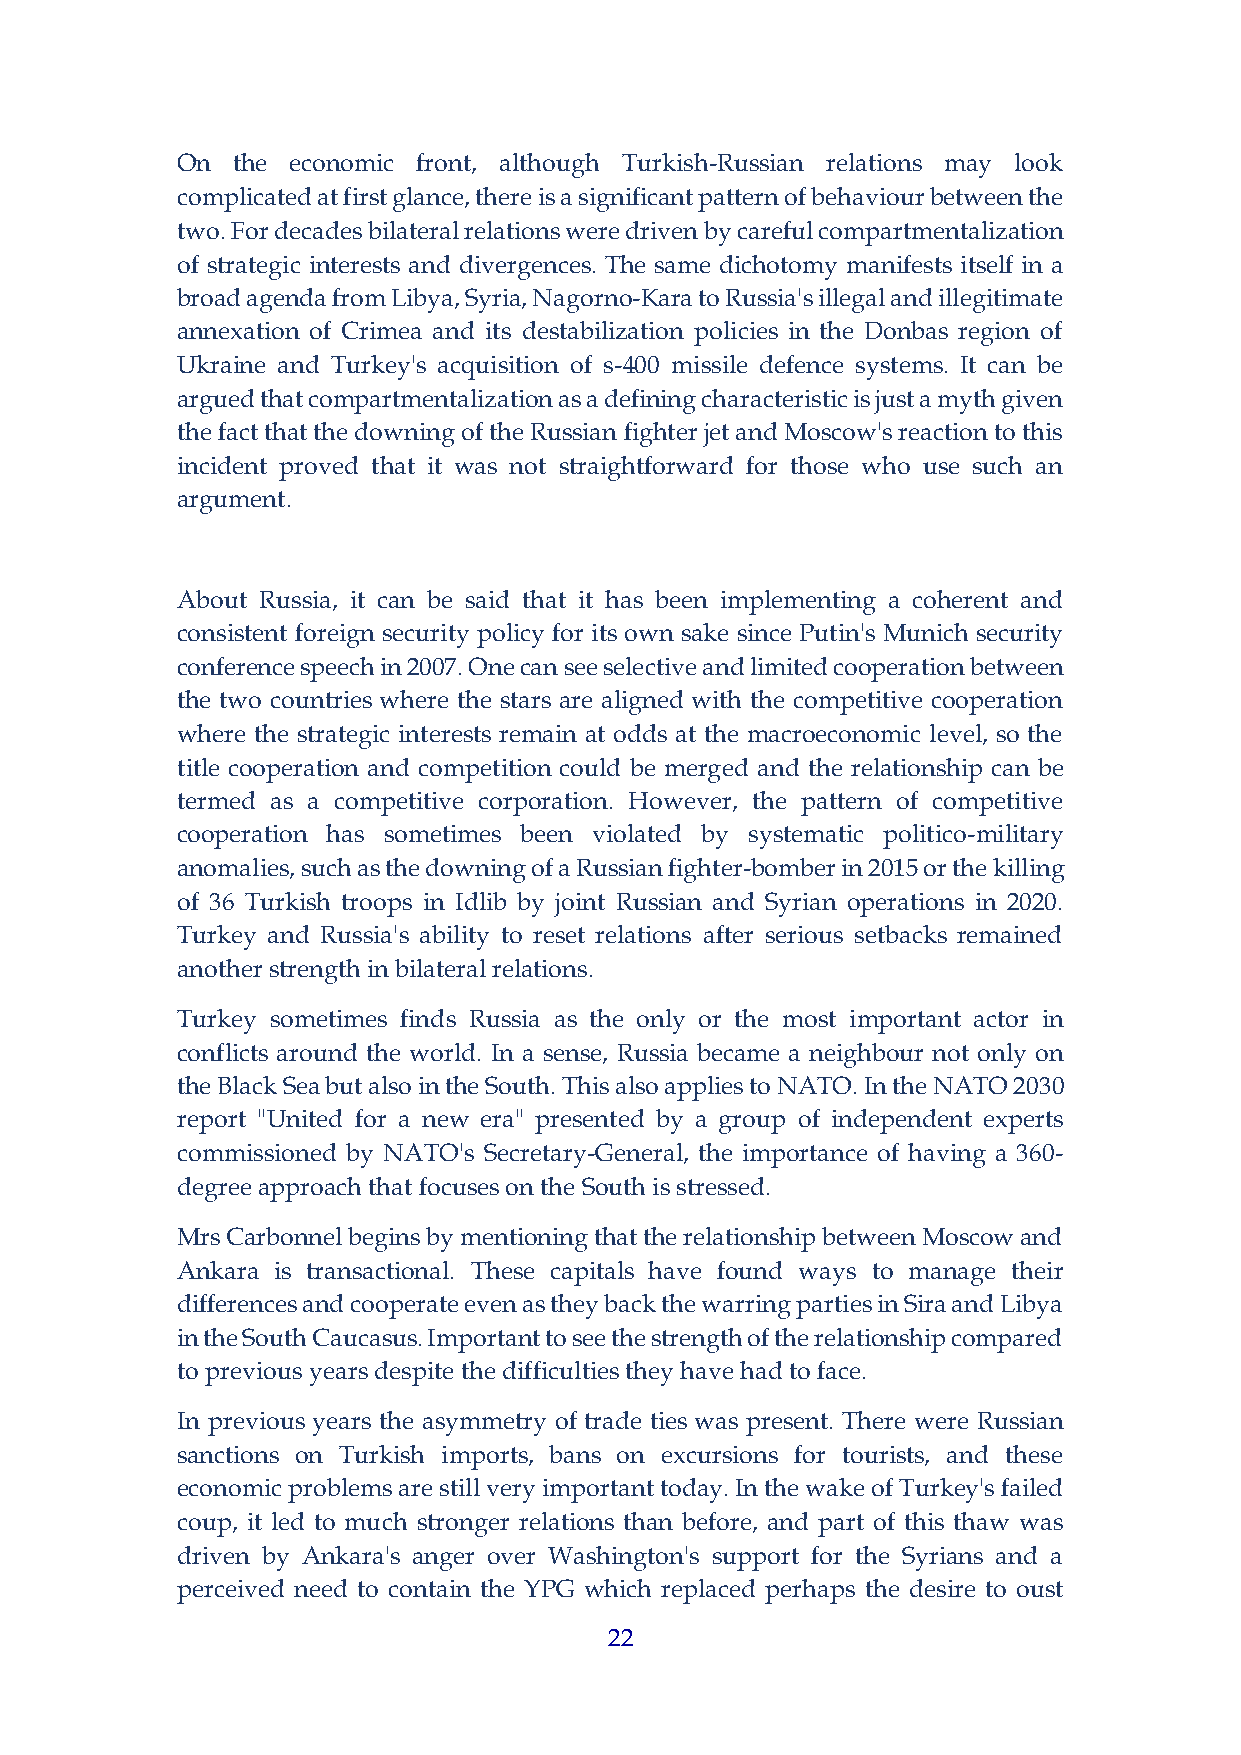
On the economic front, although Turkish-Russian relations may look
 complicated at first glance, there is a significant pattern of behaviour between the
 two. For decades bilateral relations were driven by careful compartmentalization
 of strategic interests and divergences. The same dichotomy manifests itself in a
 broad agenda from Libya, Syria, Nagorno-Kara to Russia's illegal and illegitimate
 annexation of Crimea and its destabilization policies in the Donbas region of
 Ukraine and Turkey's acquisition of s-400 missile defence systems. It can be
 argued that compartmentalization as a defining characteristic is just a myth given
 the fact that the downing of the Russian fighter jet and Moscow's reaction to this
 incident proved that it was not straightforward for those who use such an
 argument.
 About Russia, it can be said that it has been implementing a coherent and
 consistent foreign security policy for its own sake since Putin's Munich security
 conference speech in 2007. One can see selective and limited cooperation between
 the two countries where the stars are aligned with the competitive cooperation
 where the strategic interests remain at odds at the macroeconomic level, so the
 title cooperation and competition could be merged and the relationship can be
 termed as a competitive corporation. However, the pattern of competitive
 cooperation has sometimes been violated by systematic politico-military
 anomalies, such as the downing of a Russian fighter-bomber in 2015 or the killing
 of 36 Turkish troops in Idlib by joint Russian and Syrian operations in 2020.
 Turkey and Russia's ability to reset relations after serious setbacks remained
 another strength in bilateral relations.
 Turkey sometimes finds Russia as the only or the most important actor in
 conflicts around the world. In a sense, Russia became a neighbour not only on
 the Black Sea but also in the South. This also applies to NATO. In the NATO 2030
 report "United for a new era" presented by a group of independent experts
 commissioned by NATO's Secretary-General, the importance of having a 360-
 degree approach that focuses on the South is stressed.
 Mrs Carbonnel begins by mentioning that the relationship between Moscow and
 Ankara is transactional. These capitals have found ways to manage their
 differences and cooperate even as they back the warring parties in Sira and Libya
 in the South Caucasus. Important to see the strength of the relationship compared
 to previous years despite the difficulties they have had to face.
 In previous years the asymmetry of trade ties was present. There were Russian
 sanctions on Turkish imports, bans on excursions for tourists, and these
 economic problems are still very important today. In the wake of Turkey's failed
 coup, it led to much stronger relations than before, and part of this thaw was
 driven by Ankara's anger over Washington's support for the Syrians and a
 perceived need to contain the YPG which replaced perhaps the desire to oust
 22